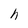
Character: h